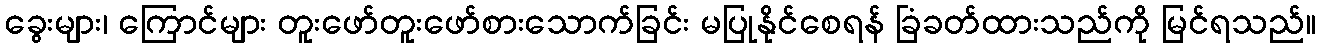
ခွေးများ၊ ကြောင်များ တူးဖော်တူးဖော်စားသောက်ခြင်း မပြုနိုင်စေရန် ခြံခတ်ထားသည်ကို မြင်ရသည်။